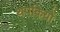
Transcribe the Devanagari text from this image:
थपकियों